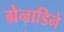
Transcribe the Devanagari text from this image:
ग्रेनाडिने